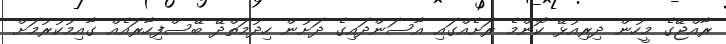
ރާއްޖޭގެ މީހުން ދިރިއުޅޭ ކޮންމެ ރަށެއްގައި އާސަންދައިގެ ދަށުން ހިދުމަތްދޭ ބޭސްފިހާރައެއް ގާއިމުކުރުމަށް